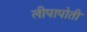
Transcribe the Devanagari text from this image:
लीपापोती